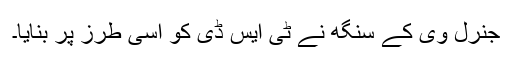
جنرل وی کے سنگھ نے ٹی ایس ڈی کو اسی طرز پر بنایا۔